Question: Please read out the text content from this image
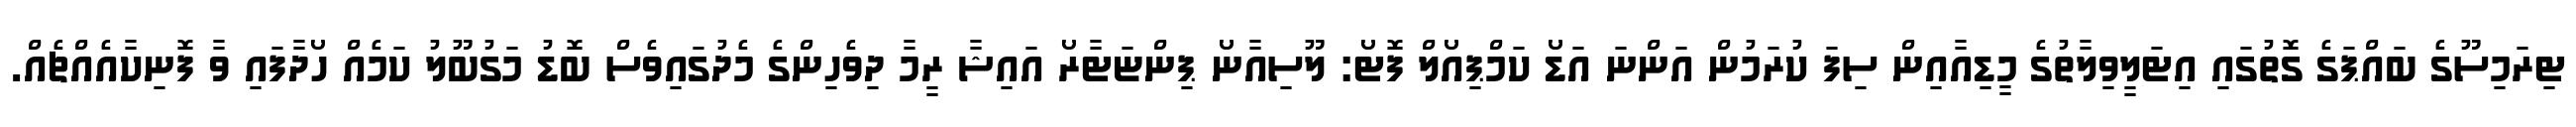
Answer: ޓިރަމިސޫގެ ބައްޕަގެ ގޮތުގައި އިޓަލީވިލާތުގެ މީޑިއާއިން ސިފަ ކުރަމުން އަންނަ އަޑޯ ކަމްޕިއޯލް ފޮޓޯ: ލޫސިއާނޯ ޕިންޏަޓާރޯ އައިޝާ ރީމާ ދިވެހިންގެ މެދުގައިވެސް ބޮޑު މަގުބޫލު ކަމެއް ހޯދާފައި ވާ ފޮނިކާއެއްޗެއް.